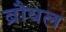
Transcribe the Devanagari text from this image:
ब्रौयल